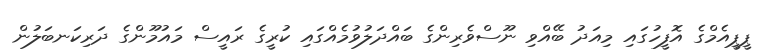
ޕީޕީއެމްގެ އޮފީހުގައި މިއަދު ބޭއްވި ނޫސްވެރިންގެ ބައްދަލުވުމެއްގައި ކުރީގެ ރައީސް މައުމޫންގެ ދަރިކަނބަލުން